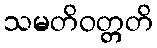
သမတိဝတ္တတိ